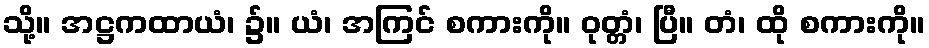
သို့။ အဋ္ဌကထာယံ၊ ၌။ ယံ၊ အကြင် စကားကို။ ဝုတ္တံ၊ ပြီ။ တံ၊ ထို စကားကို။